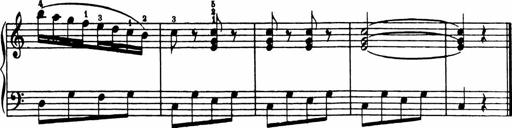
Title: Analytical Sonatinas
Composer: Frank Lynes